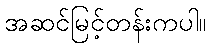
အဆင်မြင့်တန်းကပါ။